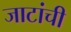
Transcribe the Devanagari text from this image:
जाटांची